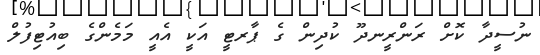
ނުސީދާ ކޮށް ރަންރީނދޫ ކުދިން ގެ ޕާރޓީ އަކީ އެއީ މަމެންގެ ބިއުޓިފުލް